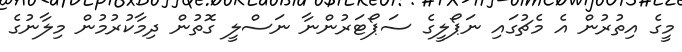
މީގެ އިތުރުން އެ މެޗުގައި ނަޕޯލީގެ ސަޕޯޓަރުންނާ ނަސްލީ ގޮތުން ދިމާކުރުމުން މިލާނުގެ